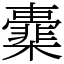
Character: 㰆